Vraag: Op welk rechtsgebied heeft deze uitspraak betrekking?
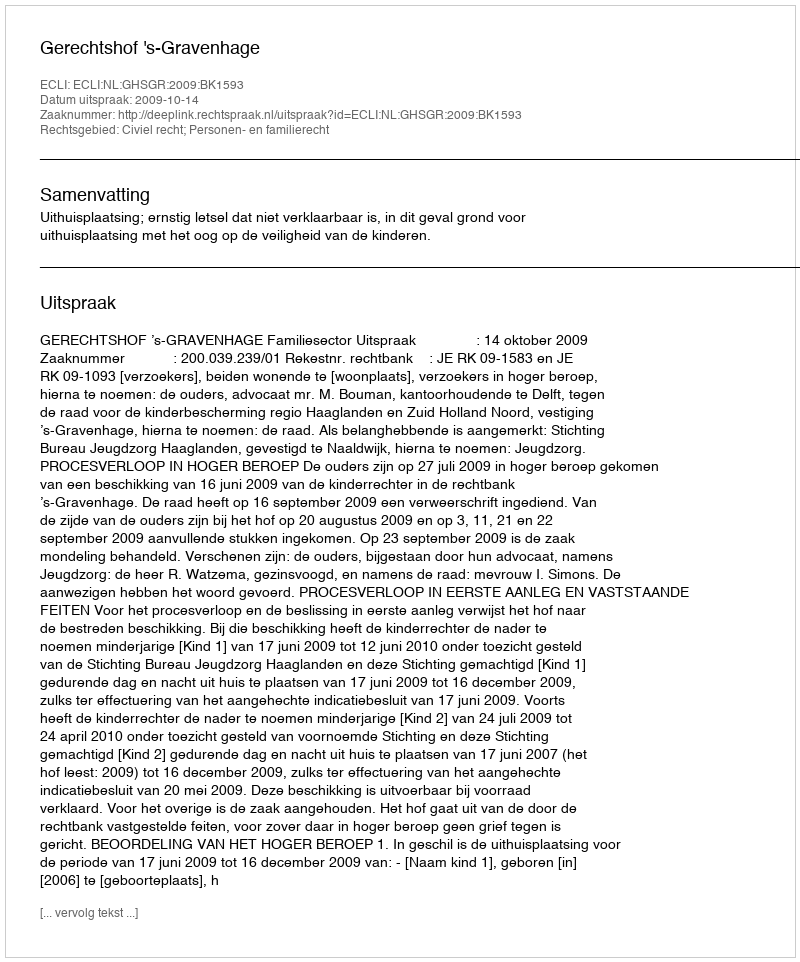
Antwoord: Civiel recht; Personen- en familierecht